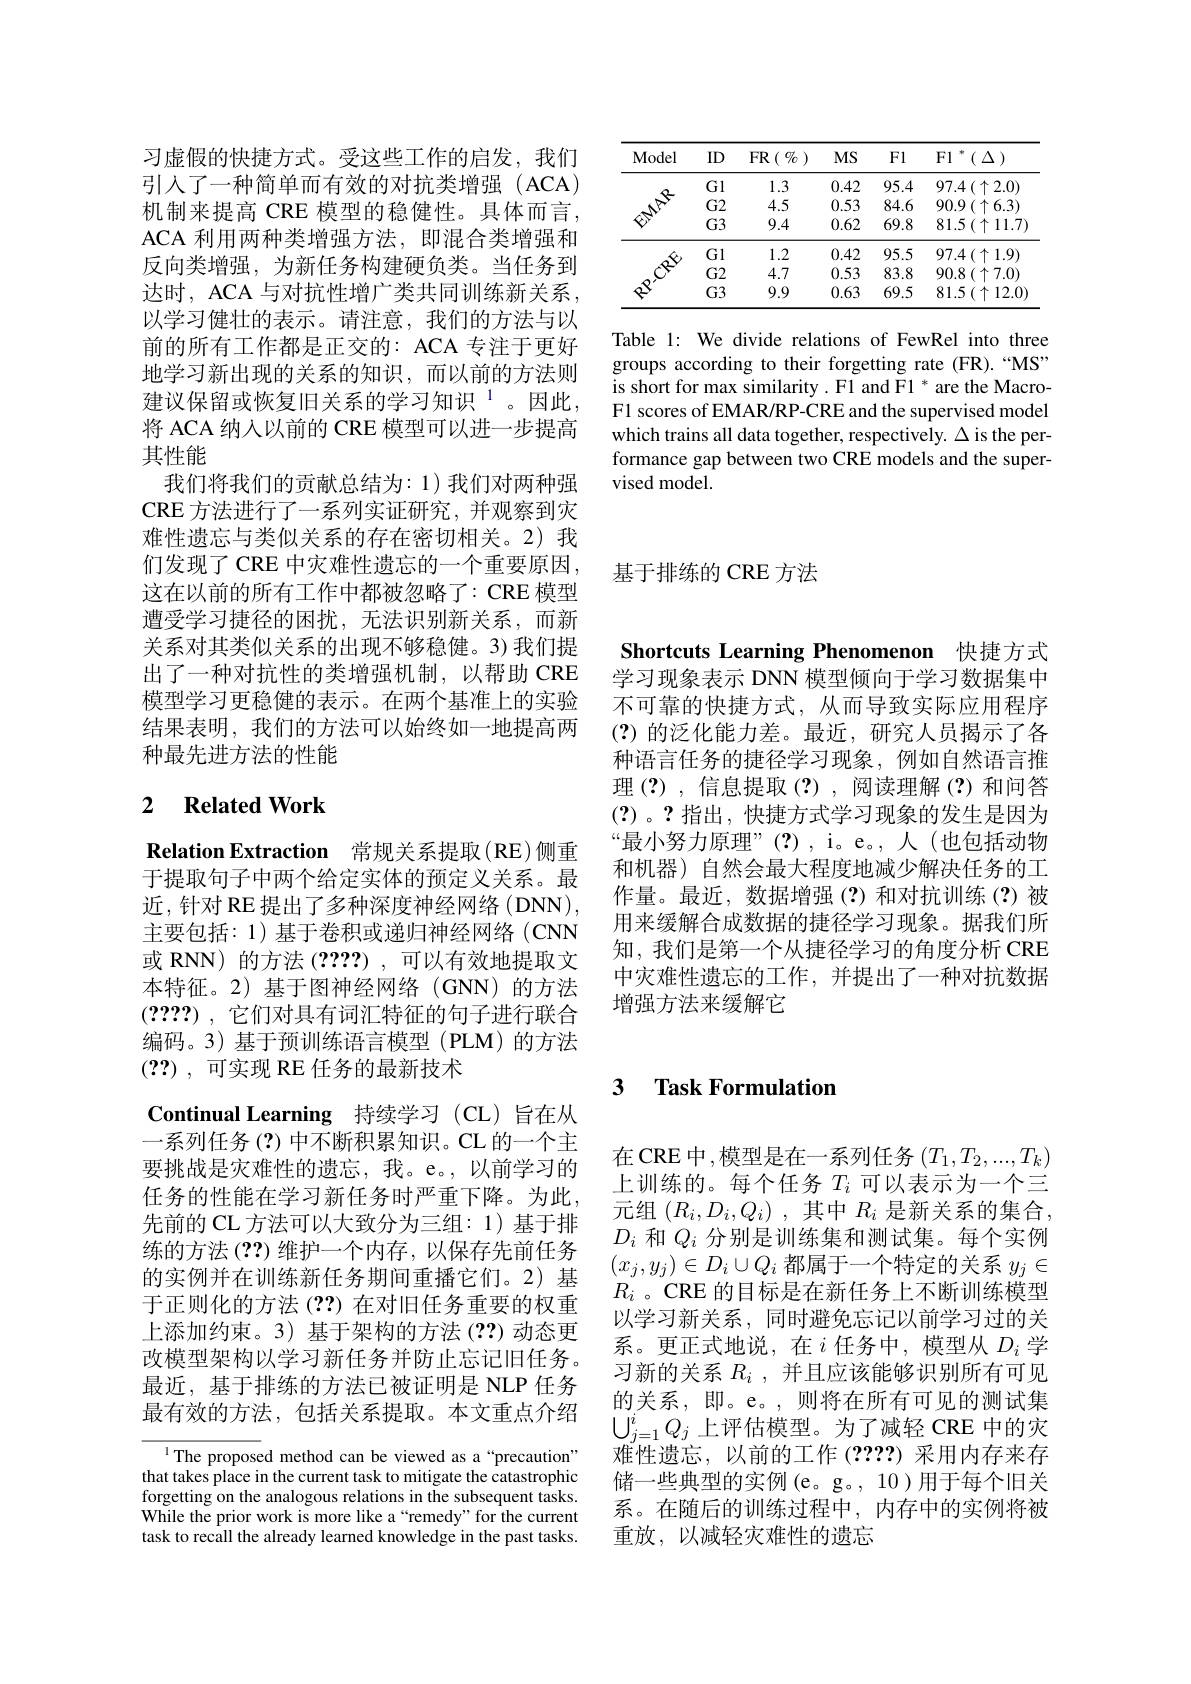
<table>
	<tbody>
		<tr>
			<th>Model</th>
			<th>ID</th>
			<th>FR$\begin{pmatrix} {0}{0}\\ {0}\end{pmatrix}$</th>
			<th>$MS$</th>
			<th>Fl</th>
			<th>Fl $^{*}(\Delta)$</th>
		</tr>
		<tr>
			<td> </td>
			<td>Gl</td>
			<td>1.3</td>
			<td>0.42</td>
			<td>95.4</td>
			<td>$97.4\left(\uparrow2.0\right)$</td>
		</tr>
		<tr>
			<td> </td>
			<td>$G2$</td>
			<td>4.5</td>
			<td>0.53</td>
			<td>84.6</td>
			<td>$90.9\left(\uparrow6.3\right)$</td>
		</tr>
		<tr>
			<td>$\hat{\psi}$</td>
			<td>$G3$</td>
			<td>9.4</td>
			<td>0.62</td>
			<td>69.8</td>
			<td>$81.5\left(\uparrow11.7\right]$</td>
		</tr>
		<tr>
			<td> </td>
			<td>Gl</td>
			<td>1.2</td>
			<td>0.42</td>
			<td>95.5</td>
			<td>$97.4\left(\uparrow1.9\right)$</td>
		</tr>
		<tr>
			<td> </td>
			<td>$G2$</td>
			<td>4.7</td>
			<td>0.53</td>
			<td>83.8</td>
			<td>90.8 $( \uparrow 7. 0)$</td>
		</tr>
		<tr>
			<td> </td>
			<td>$G3$</td>
			<td>9.9</td>
			<td>0.63</td>
			<td>69.5</td>
			<td>$81.5\left(\uparrow12.0\right)$</td>
		</tr>
	</tbody>
</table>

Table 1: We divide relations of FewRel into three groups according to their forgetting rate (FR).“MS” is short for max similarity .F1 and F1 * are the MacroF1 scores of EMAR/RP-CRE and the supervised model which trains all data together, respectively. $\Delta$ is the performance gap between two CRE models and the supervised model.

基于排练的 CRE 方法

习虚假的快捷方式。受这些工作的启发，我们引人了一种简单而有效的对抗类增强(ACA) 机制来提高 CRE 模型的稳健性。具体而言， ACA 利用两种类增强方法，即混合类增强和反向类增强，为新任务构建硬负类。当任务到达时，ACA 与对抗性增广类共同训练新关系以学习健壮的表示。请注意，我们的方法与以前的所有工作都是正交的：ACA 专注于更好地学习新出现的关系的知识，而以前的方法则建议保留或恢复旧关系的学习知识$^{1}$。因此， 将 ACA 纳人以前的 CRE 模型可以进一步提高其性能
我们将我们的贡献总结为：1)我们对两种强CRE 方法进行了一系列实证研究，并观察到灾难性遗忘与类似关系的存在密切相关。2)我们发现了 CRE 中灾难性遗忘的一个重要原因， 这在以前的所有工作中都被忽略了：CRE 模型遭受学习捷径的困扰，无法识别新关系，而新关系对其类似关系的出现不够稳健。3)我们提出了一种对抗性的类增强机制，以帮助 CRE 模型学习更稳健的表示。在两个基准上的实验结果表明，我们的方法可以始终如一地提高两种最先进方法的性能

# 2 Related Work

Relation Extraction 常规关系提取(RE)侧重于提取句子中两个给定实体的预定义关系。最近，针对 RE 提出了多种深度神经网络 (DNN), 主要包括：1) 基于卷积或递归神经网络(CNN 或 RNN) 的方法 (????) ,可以有效地提取文本特征。2)基于图神经网络(GNN)的方法(????) , 它们对具有词汇特征的句子进行联合编码。3) 基于预训练语言模型(PLM)的方法(??) ,可实现 RE 任务的最新技术
Continual Learning 持续学习 (CL)旨在从一系列任务 (?) 中不断积累知识。CL 的一个主要挑战是灾难性的遗忘，我。e。,以前学习的任务的性能在学习新任务时严重下降。为此， 先前的 CL 方法可以大致分为三组：1)基于排练的方法 (??)维护一个内存，以保存先前任务的实例并在训练新任务期间重播它们。2)基于正则化的方法(??)在对旧任务重要的权重上添加约束。3) 基于架构的方法(??) 动态更改模型架构以学习新任务并防止忘记旧任务。最近，基于排练的方法已被证明是 NLP 任务最有效的方法，包括关系提取。本文重点介绍

$^{1}$The proposed method can be viewed as a“precaution” that takes place in the current task to mitigate the catastrophic forgetting on the analogous relations in the subsequent tasks. While the prior work is more like a“remedy”for the current task to recall the already learned knowledge in the past tasks.

Shortcuts Learning Phenomenon 快捷方式学习现象表示 DNN 模型倾向于学习数据集中

不可靠的快捷方式，从而导致实际应用程序(?)的泛化能力差。最近，研究人员揭示了各种语言任务的捷径学习现象，例如自然语言推理(?),信息提取(?),阅读理解(?)和问答(?)。?指出，快捷方式学习现象的发生是因为“最小努力原理”(?),i。e。,人(也包括动物和机器) 自然会最大程度地减少解决任务的工作量。最近，数据增强(?)和对抗训练(?)被用来缓解合成数据的捷径学习现象。据我们所知，我们是第一个从捷径学习的角度分析 CRE 中灾难性遗忘的工作，并提出了一种对抗数据增强方法来缓解它

### 3 $\textbf{Task Formulation}$

在 CRE 中 ,模型是在一系列任务 $(T_1,T_2,...,T_k)$ 上训练的。每个任务$T_i$可以表示为一个三元组$( R_i, D_i, Q_i)$ ,其中$R_i$ 是新关系的集合， $D_i$和$Q_i$分别是训练集和测试集。每个实例$(x_j,y_j)\in D_i\cup Q_i$都属于一个特定的关系$y_j\in$ $R_i$ 。CRE 的目标是在新任务上不断训练模型以学习新关系，同时避免忘记以前学习过的关系。更正式地说，在$i$任务中，模型从$D_i$学习新的关系$R_i$ ,并且应该能够识别所有可见的关系，即。e。,则将在所有可见的测试集$\bigcup_{j=1}^iQ_j$上评估模型。为了减轻 CRE 中的灾难性遗忘，以前的工作(????)采用内存来存储一些典型的实例(e。g。, 10)用于每个旧关系。在随后的训练过程中，内存中的实例将被重放，以减轻灾难性的遗忘